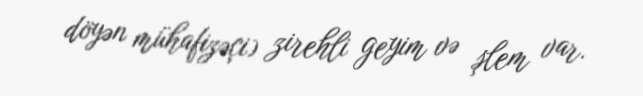
döyən mühafizəçi) zirehli geyim və şlem var.